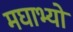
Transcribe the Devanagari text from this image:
मघाभ्यो